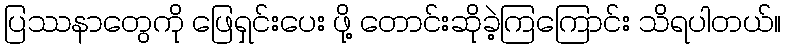
ပြဿနာတွေကို ဖြေရှင်းပေး ဖို့ တောင်းဆိုခဲ့ကြကြောင်း သိရပါတယ်။